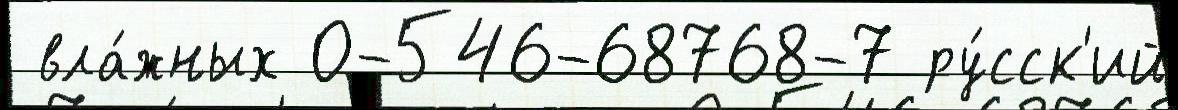
 вла́жных 0-546-68768-7 ру́сск'ий